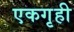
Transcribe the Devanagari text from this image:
एकगृही